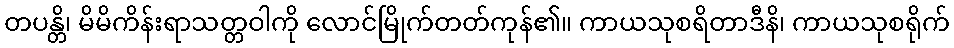
တပန္တိ၊ မိမိကိန်းရာသတ္တဝါကို လောင်မြိုက်တတ်ကုန်၏။ ကာယသုစရိတာဒီနိ၊ ကာယသုစရိုက်